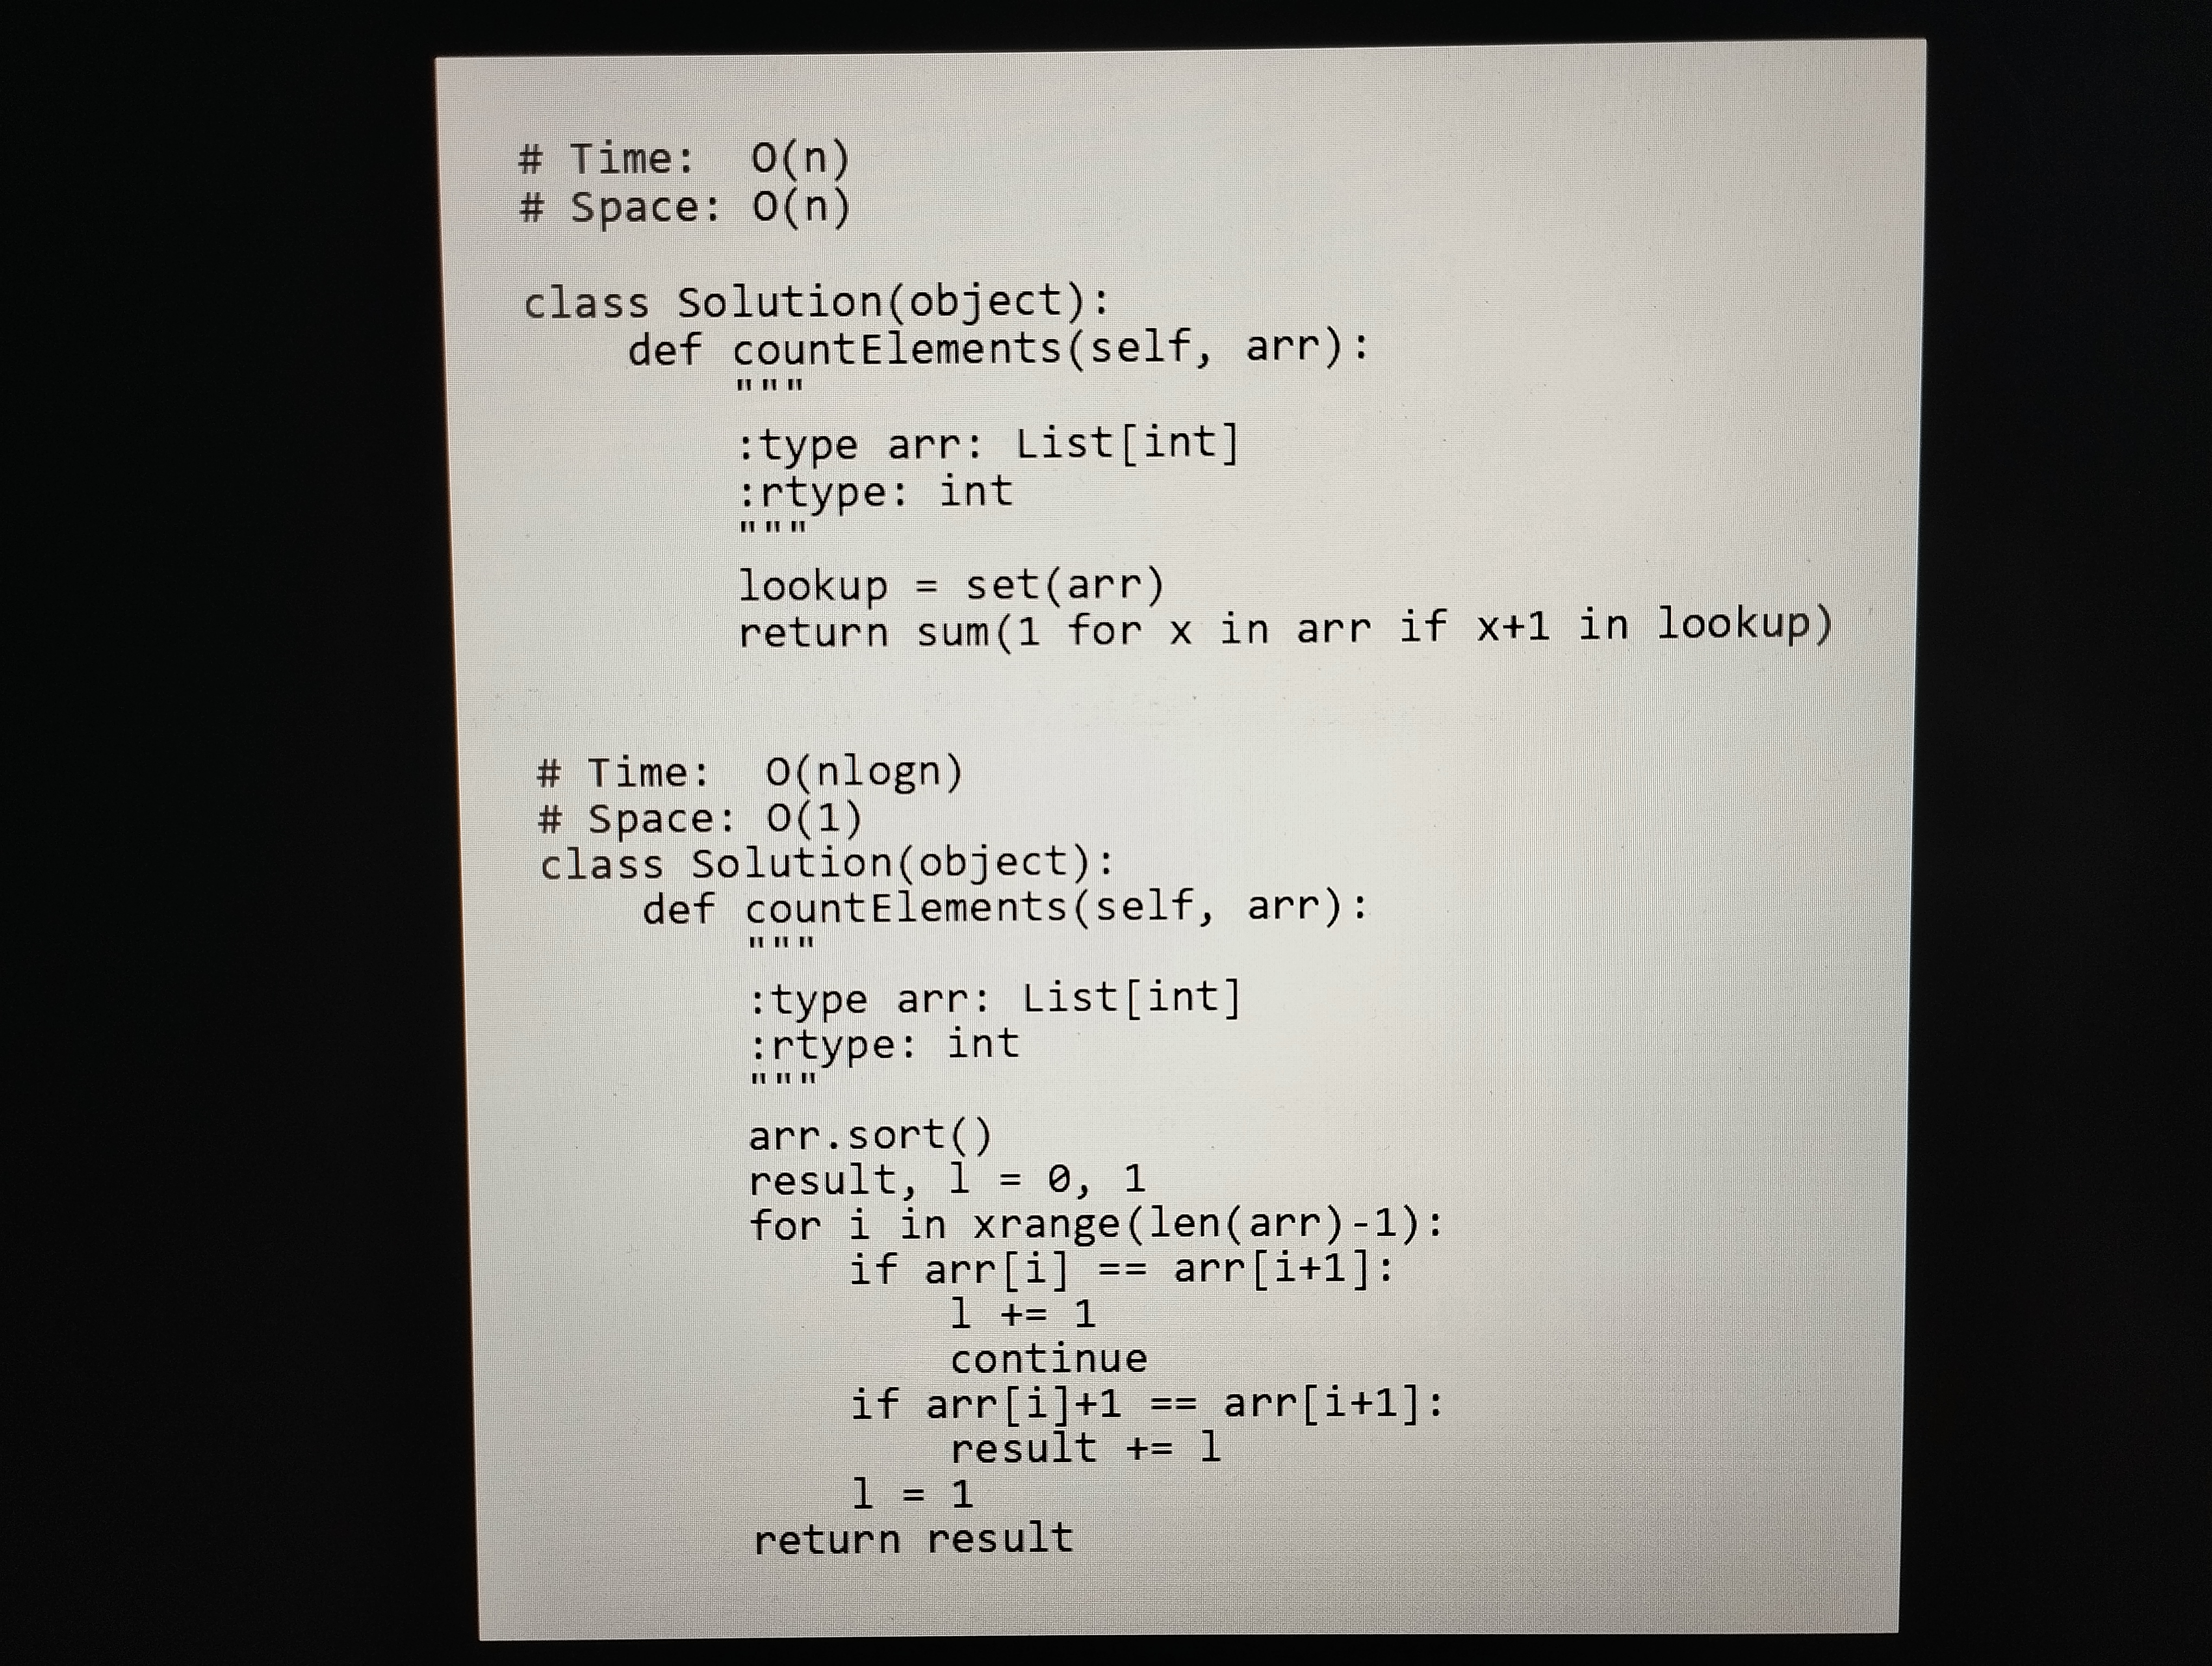
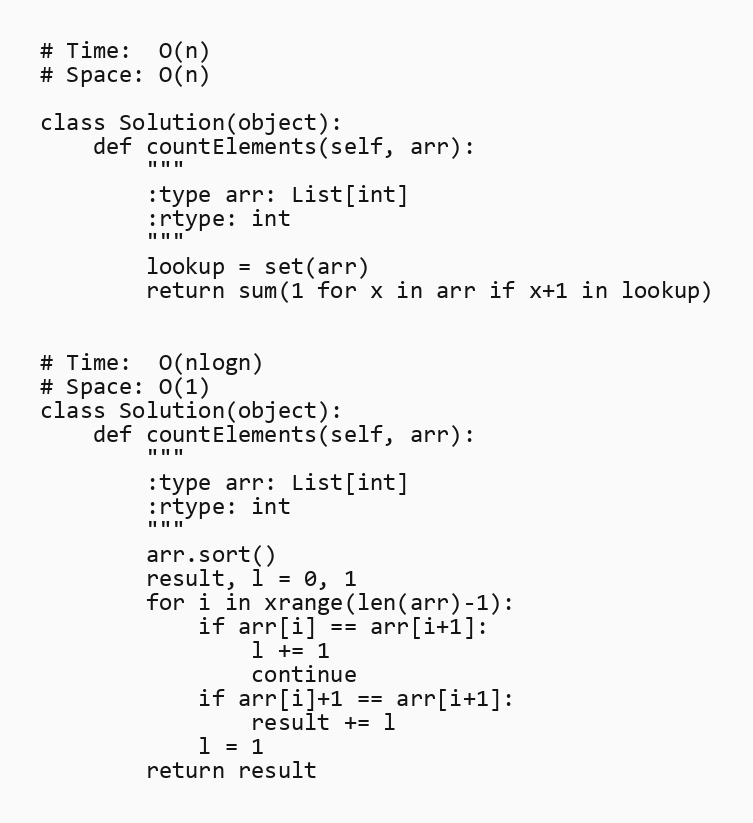
# Time:  O(n)
# Space: O(n)

class Solution(object):
    def countElements(self, arr):
        """
        :type arr: List[int]
        :rtype: int
        """
        lookup = set(arr)
        return sum(1 for x in arr if x+1 in lookup)

# Time:  O(nlogn)
# Space: O(1)
class Solution(object):
    def countElements(self, arr):
        """
        :type arr: List[int]
        :rtype: int
        """
        arr.sort()
        result, l = 0, 1
        for i in xrange(len(arr)-1):
            if arr[i] == arr[i+1]:
                l += 1
                continue
            if arr[i]+1 == arr[i+1]:
                result += l
            l = 1
        return result